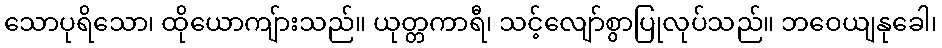
သောပုရိသော၊ ထိုယောကျ်ားသည်။ ယုတ္တကာရီ၊ သင့်လျော်စွာပြုလုပ်သည်။ ဘဝေယျနုခေါ၊